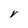
Character: V